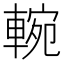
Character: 䡝